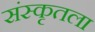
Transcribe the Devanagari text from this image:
संस्कृतला